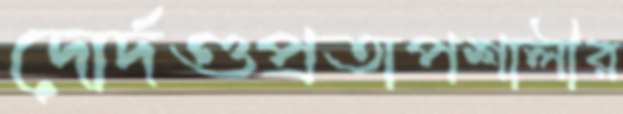
দোর্দণ্ডপ্রতাপশালীর